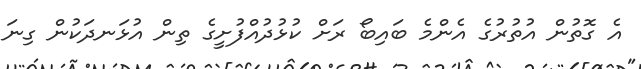
އެ ގޮތުން އުތުރުގެ އެންމެ ބައިބޯ ރަށް ކުޅުދުއްފުށީގެ ތިން އުޅަނދަކުން ގިނަ